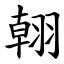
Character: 䎐